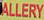
allery